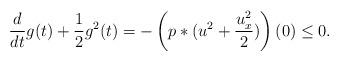
LaTeX: \begin{align*}\dfrac{d}{dt}g(t)+\dfrac{1}{2}g^2(t)=-\left(p*(u^2+\dfrac{u_x^2}{2})\right) (0)\leq0.\end{align*}